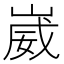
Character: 崴